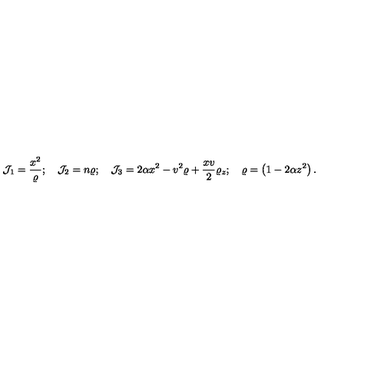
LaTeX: { \cal { J } } _ { 1 } = \frac { x ^ { 2 } } { \varrho } ; \quad { \cal { J } } _ { 2 } = n \varrho ; \quad { \cal { J } } _ { 3 } = 2 \alpha x ^ { 2 } - v ^ { 2 } \varrho + \frac { x v } { 2 } \varrho _ { z } ; \quad \varrho = \left( 1 - 2 \alpha z ^ { 2 } \right) .